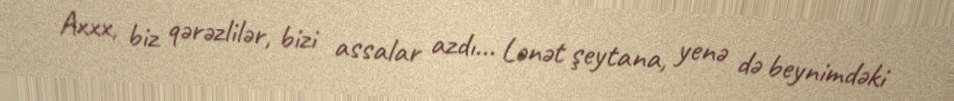
Axxx, biz qərəzlilər, bizi assalar azdı... Lənət şeytana, yenə də beynimdəki